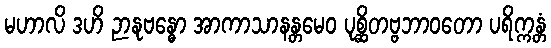
မဟာလိ ဒဟိ ဉာနုဗန္ဓော အာကာသာနန္တမေဝ ပုစ္ဆိတဗ္ဗဘာဝတော ပရိက္ကန္တံ